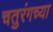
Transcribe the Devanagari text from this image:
चतुरंगच्या